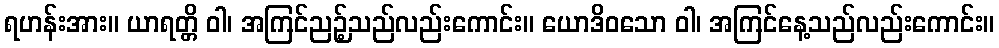
ရဟန်းအား။ ယာရတ္တိ ဝါ၊ အကြင်ညဉ့်သည်လည်းကောင်း။ ယောဒိဝသော ဝါ၊ အကြင်နေ့သည်လည်းကောင်း။